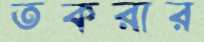
তকরার